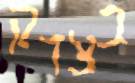
בצדק